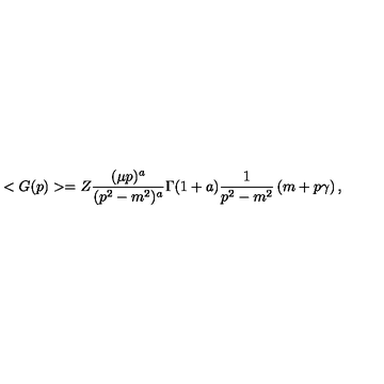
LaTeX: < G ( p ) > = Z \frac { ( \mu p ) ^ { a } } { ( p ^ { 2 } - m ^ { 2 } ) ^ { a } } \Gamma ( 1 + a ) \frac { 1 } { p ^ { 2 } - m ^ { 2 } } \left( m + p \gamma \right) ,